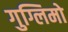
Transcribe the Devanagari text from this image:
गुग्लिमो